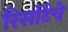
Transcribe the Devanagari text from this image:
रिसॉर्टचे